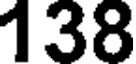
138